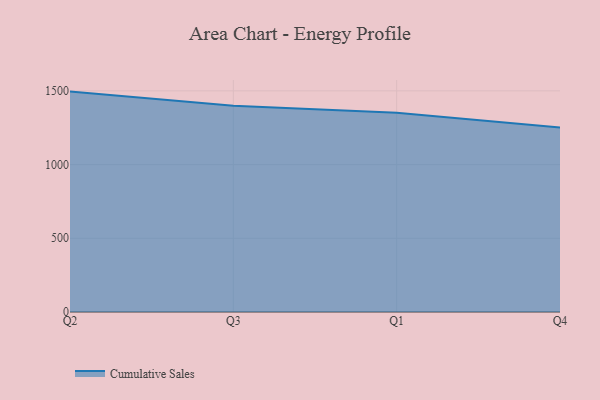
{"axis": {"x": "Quarter", "y": "Demand Index"}, "legend": ["Cumulative Sales"], "data": [{"x": "Q2", "y": 1495.0, "type": "Cumulative Sales"}, {"x": "Q3", "y": 1399.2, "type": "Cumulative Sales"}, {"x": "Q1", "y": 1351.4, "type": "Cumulative Sales"}, {"x": "Q4", "y": 1252.3, "type": "Cumulative Sales"}]}